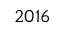
2 0 1 6